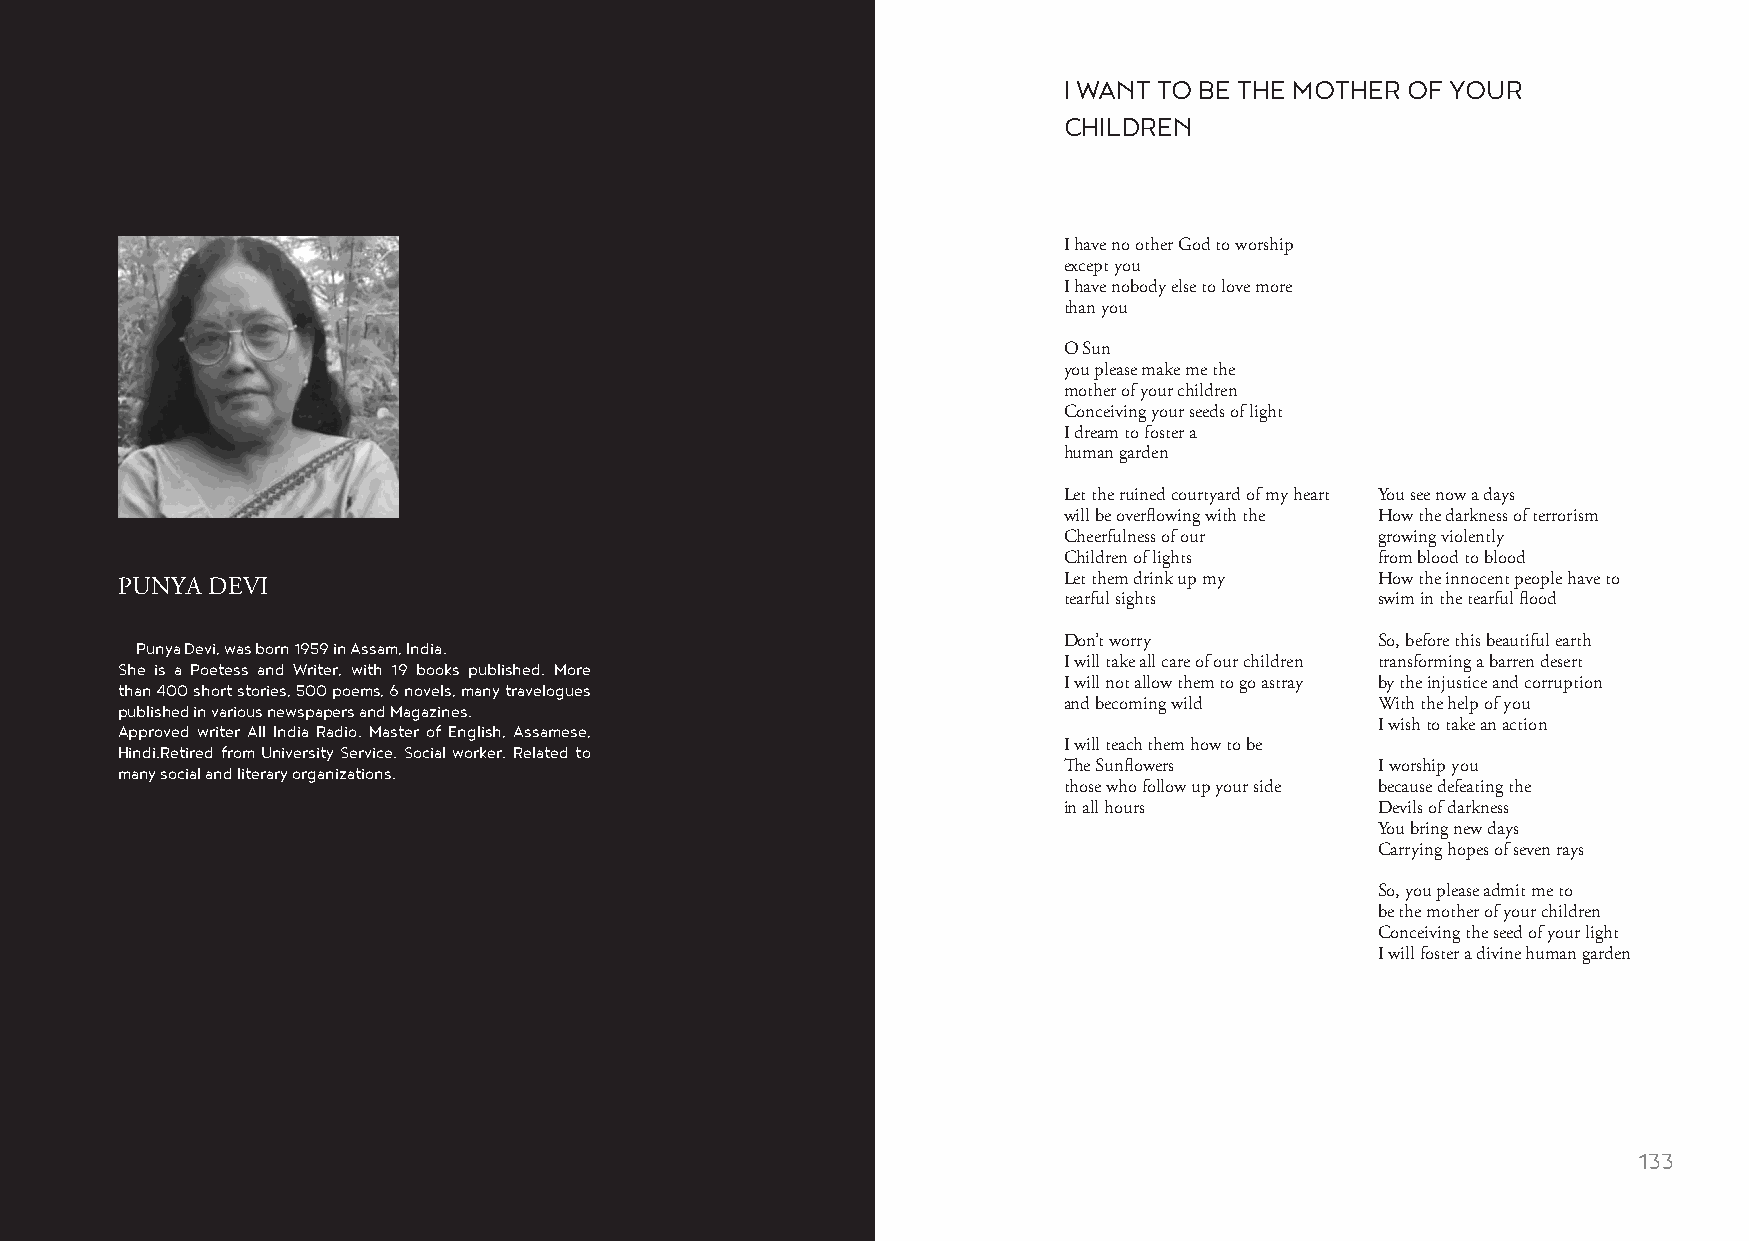
I WANT TO BE THE MOTHER OF YOUR
 CHILDREN
 I have no other God to worship
 except you
 I have nobody else to love more
 than you
 O Sun
 you please make me the
 mother of your children
 Conceiving your seeds of light
 I dream to foster a
 human garden
 Let the ruined courtyard of my heart You see now a days
 will be overflowing with the How the darkness of terrorism
 Cheerfulness of our  growing violently
 Children of lights   from blood to blood
 Let them drink up my How the innocent people have to
 PUNYA DEVI
 tearful sights       swim in the tearful flood
 Punya Devi, was born 1959 in Assam, India.                   Don’t worry          So, before this beautiful earth
 She is a Poetess and Writer, with 19 books published. More    I will take all care of our children transforming a barren desert
 than 400 short stories, 500 poems, 6 novels, many travelogues I will not allow them to go astray by the injustice and corruption
 published in various newspapers and Magazines.                and becoming wild    With the help of you
 Approved writer All India Radio. Master of English, Assamese,                      I wish to take an action
 Hindi.Retired from University Service. Social worker. Related to I will teach them how to be
 many social and literary organizations.                       The Sunflowers       I worship you
 those who follow up your side because defeating the
 in all hours         Devils of darkness
 You bring new days
 Carrying hopes of seven rays
 So, you please admit me to
 be the mother of your children
 Conceiving the seed of your light
 I will foster a divine human garden
 132                                                                                                    133